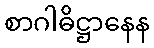
စာဂါဓိဋ္ဌာနေန